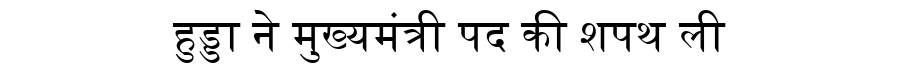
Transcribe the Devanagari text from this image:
हुड्डा ने मुख्यमंत्री पद की शपथ ली